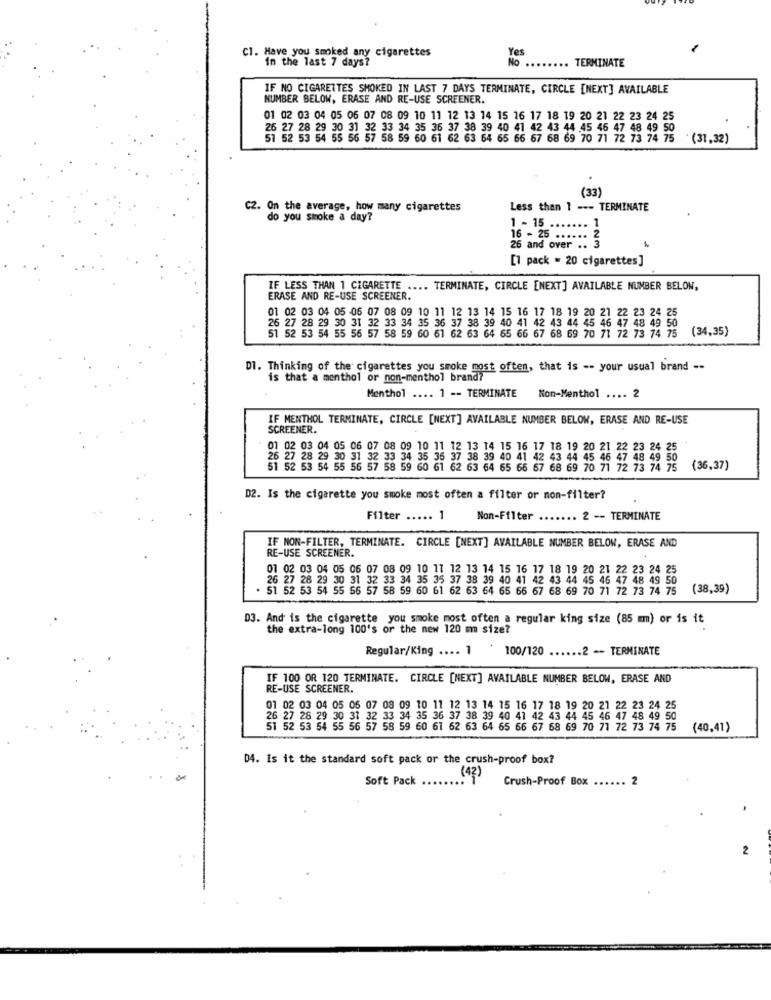
Cl. Have you smoked any cigarettes
Yes
in the last 7 days?
No
.. TERMINATE
IF NO CIGARETTES SMOKED IN LAST 7 DAYS TERMINATE, CIRCLE [NEXT] AVAILABLE
NUMBER BELOW, ERASE AND RE-USE SCREENER.
01 02 03 04 05 06 07 08 09 10 11 12 13 14 15 16 17 18 19 20 21 22 23 24 25
26 27 28 29 30 31 32 33 34 35 36 37 38 39 40 41 42 43 44 45 46 47 48 49 5
51 52 53 54 55 56 57 58 59 60 61 62 63 64 65 66 67 68 69 70 71 72 73 74 75 (31.32)
(33)
C2. On the average, how many cigarettes
Less than 1 --- TERMINATE
do you smoke a day?
1 - 15
26 and over .. 3
16 - 25 ......
[1 pack = 20 cigarettes]
IF LESS THAN 1 CIGARETTE .... TERMINATE, CIRCLE [NEXT] AVAILABLE NUMBER BELOW,
ERASE AND RE-USE SCREENER.
01 02 03 04 05 06 07 08 09 10 11 12 13 14 15 16 17 18 19 20 21 22 23 24 25
26 27 28 29 30 31 32 33 34 35 36 37 38 39 40 41 42 43 44 45 46 47
46 47 48 49 50
(34,35)
51 52 53 54 55 56 57 58 59 60 61 62 63 64 65 66 67 68 69 70 71 72 73 74 75
Dl. Thinking of the cigarettes you smoke most often, that is -- your usual brand --
is that a menthol or non-menthol brand?
Menthol .... 1 -- TERMINATE
Non-Menthol .... 2
IF MENTHOL TERMINATE, CIRCLE [NEXT] AVAILABLE NUMBER BELOW, ERASE AND RE-USE
SCREENER.
01 02 03 04 05 06 07 08 09 10 11 12 13 14 15 16
15 16 17 18 19 20 21 22 23 24 25
26 27 28 29 30 31 32 33 34 35 36 37 38 39 40 41 42 43 44 45 46 47 48 49 50
51 52 53 54 55 56 57 58 59 60 61 62 63 64 65 66 67 68 69 70 71 72 73 74 75
(36,37)
D2. Is the cigarette you smoke most often a filter or non-filter?
Filter ..... 1
Non-Filter
.. 2 -- TERMINATE
IF NON-FILTER, TERMINATE. CIRCLE [NEXT] AVAILABLE NUMBER BELOW, ERASE AND
RE-USE SCREENER.
01 02 03 04 05 06 07 08 09 10 11 12 13 14 15 16 17 18 19 20 21 22 23 24 25
26 27 28 29 30 31 32 33 34 35 35 37 38 39 40 41 42 43 44 45 46 47 48 49 50
. 51 52 53 54 55 56 57 58 59 60 61 62 63 64 65 66 67 68 69 70 71 72 73 74 75
(38,39)
D3. And is the cigarette you smoke most often a regular king size (85 mm) or is it
the extra-long 100's or the new 120 m size?
Regular/King .... 1 .
100/120 ...... 2 -- TERMINATE
IF 100 OR 120 TERMINATE. CIRCLE [NEXT] AVAILABLE NUMBER BELOW, ERASE AND
RE-USE SCREENER.
01 02 03 04 05 06 07 08 09 10 11 12 13 14 15 16 17 18 19 20 21 22 23 24 25
26 27 28 29 30 31 32 33 34 35 36 37 38 39 40 41 42 43 44 45 46 47 48 49 50
51 52 53 54 55 56 57 58 59 60 61 62 63 64 65 66 67 68 69 70 71 72 73 74 75
(40,41)
04. Is it the standard soft pack or the crush-proof box?
Soft Pack
(42)
Crush-Proof Box
2